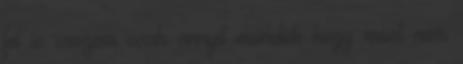
fel is veszem csak annyit mondok hogy most nem